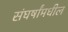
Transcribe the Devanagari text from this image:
संघर्षांमधील